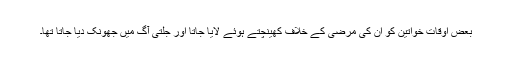
بعض اوقات خواتین کو ان کی مرضی کے خلاف کھینچتے ہوئے لایا جاتا اور جلتی آگ میں جھونک دیا جاتا تھا۔